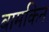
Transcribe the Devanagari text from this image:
बामकिन